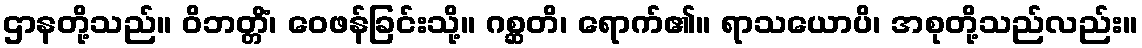
ဌာနတို့သည်။ ဝိဘတ္တိံ၊ ဝေဖန်ခြင်းသို့။ ဂစ္ဆတိ၊ ရောက်၏။ ရာသယောပိ၊ အစုတို့သည်လည်း။